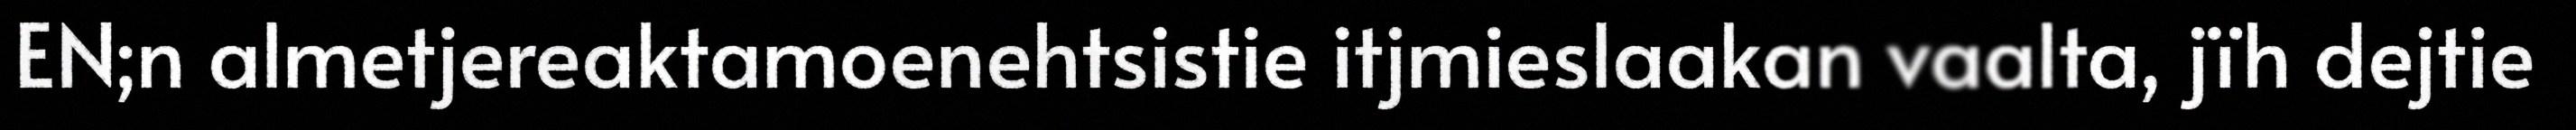
EN;n almetjereaktamoenehtsistie itjmieslaakan vaalta, jïh dejtie